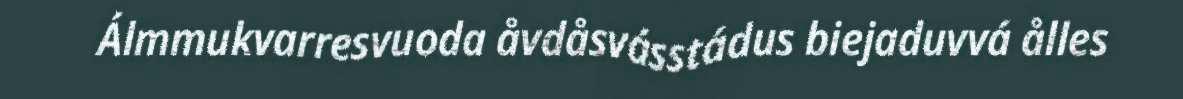
Álmmukvarresvuoda åvdåsvásstádus biejaduvvá ålles